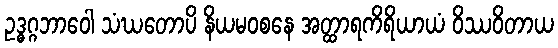
ဥဒ္ဓဂ္ဂဘာဝေါ သံဃတောပိ နိယမဝစနေ အတ္ထာရကိရိယာယံ ဝိဿဝိတာယ